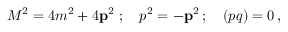
M ^ { 2 } = 4 m ^ { 2 } + 4 { \bf p } ^ { 2 } \; ; \quad p ^ { 2 } = - { \bf p } ^ { 2 } \, ; \quad ( p q ) = 0 \, ,